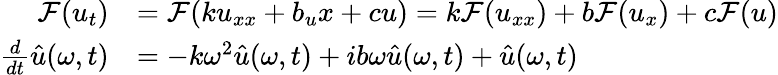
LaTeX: \begin{array}{rl}{\mathcal{F}(u_{t})}&{=\mathcal{F}(ku_{xx}+b_{u}{x}+cu)=k\mathcal F(u_{xx})+b\mathcal F(u_{x})+c\mathcal F(u)}\\ {\frac{d}{dt}\hat{u}(\omega,t)}&{=-k\omega^{2}\hat{u}(\omega,t)+ib\omega\hat{u}(\omega,t)+\hat{u}(\omega,t)}\end{array}